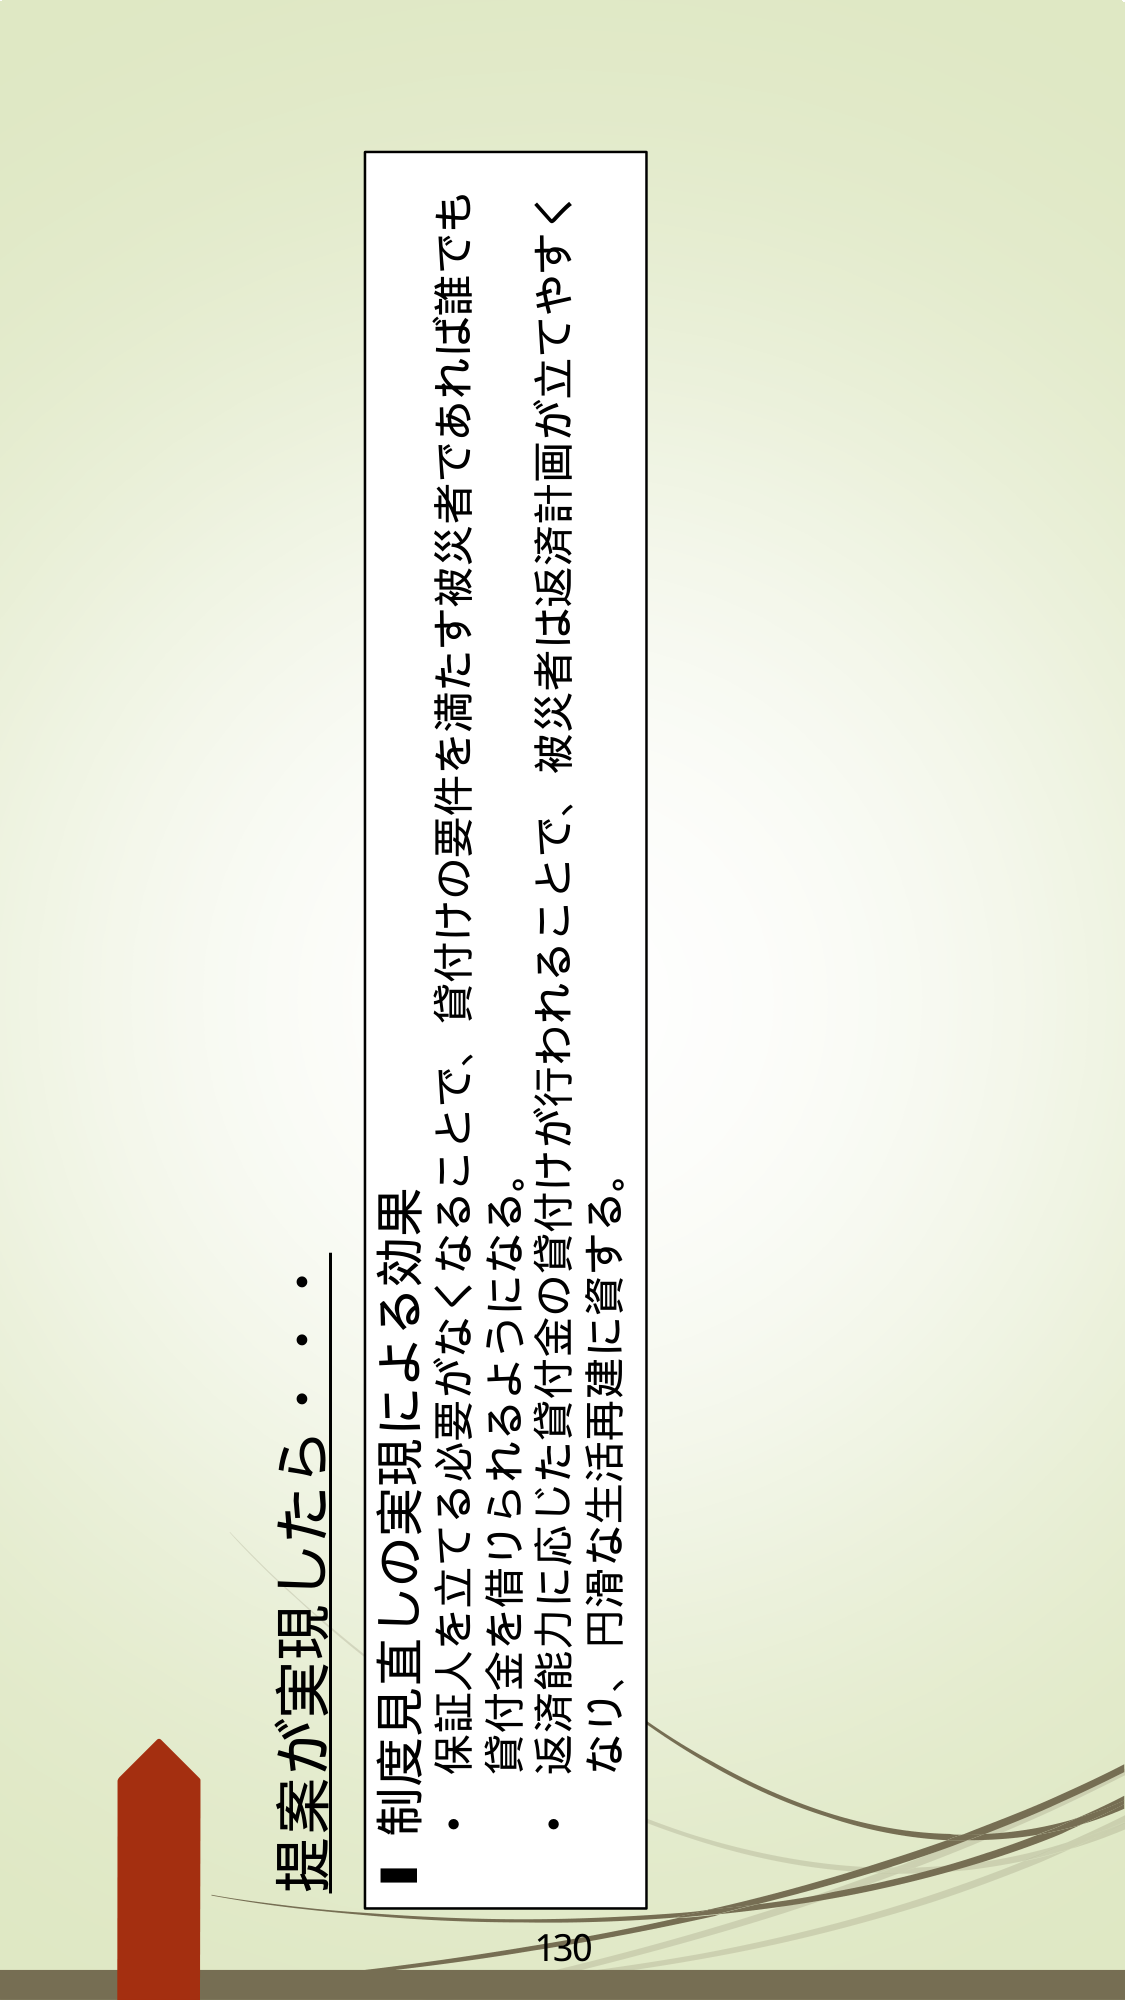
提案が実現したら・・・
■ 制度見直しの実現による効果
・ 保証人を立ててる必要がなくなることで、貸付けの要件を満たす被災者であれば誰でも
　貸付金を借りられるようになる。
・ 返済能力に応じた貸付金の貸付けが行われることで、被災者は返済計画が立てやすく
　なり、円滑な生活再建に資する。
130